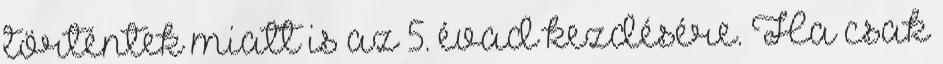
történtek miatt is az 5. évad kezdésére. Ha csak